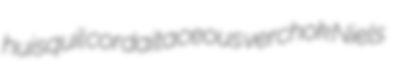
huisquil cordaitaceous verchok Niels